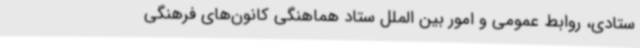
ستادی، روابط عمومی و امور بین الملل ستاد هماهنگی کانون‌های فرهنگی